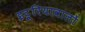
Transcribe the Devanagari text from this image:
इट्रूरियावालों